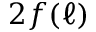
2 f ( \ell )